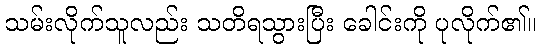
သမ်းလိုက်သူလည်း သတိရသွားပြီး ခေါင်းကို ပုလိုက်၏။